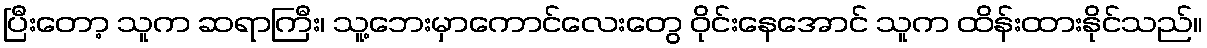
ပြီးတော့ သူက ဆရာကြီး၊ သူ့ဘေးမှာကောင်လေးတွေ ဝိုင်းနေအောင် သူက ထိန်းထားနိုင်သည်။